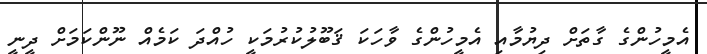
އެމީހުންގެ ގާތަށް ދިޔުމާއި އެމީހުންގެ ވާހަކަ ޤަބޫލުކުރުމަކީ ހުއްދަ ކަމެއް ނޫންކަމަށް ދީނީ